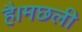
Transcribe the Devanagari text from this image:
है।मछली